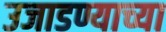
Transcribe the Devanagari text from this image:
उजाडण्याच्या